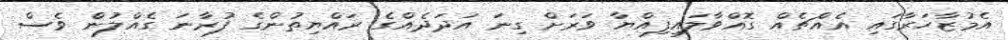
އެމުޒާހަރާގައި އެއްޗެއް ގޮއްވާލައިފިއްޔާ ވަރަށް ގިނަ އަދަދެއްގެ ރައްޔިތުންގެ ފުރާނަ ގެއްލުން ވެސް